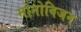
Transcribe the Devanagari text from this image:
मोनोविजन